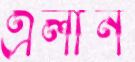
এলান